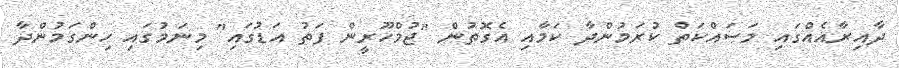
ދާއިރާއެއްގައި މަސައްކަތް ކުރަމުންދާ ކަމާއި އެގޮތުން "ޖުމްހޫރީން ފަތު އަޑުގައި" މިނަމުގައި ހިންގަމުންދާ